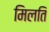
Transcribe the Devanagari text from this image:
मिलति